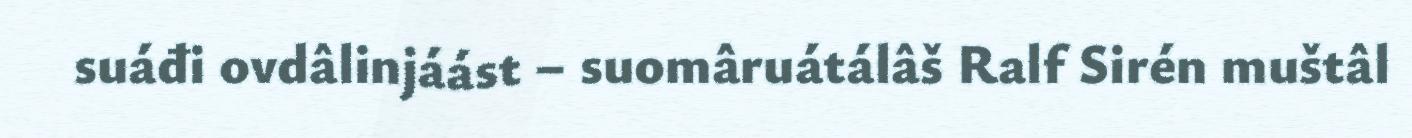
suáđi ovdâlinjáást – suomâruátálâš Ralf Sirén muštâl